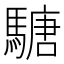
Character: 𩥁